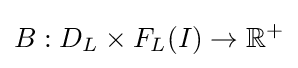
B:D_{L}\times F_{L}(I)\rightarrow \mathbb {R} ^{+}